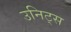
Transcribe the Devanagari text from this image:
उनिट्स